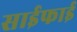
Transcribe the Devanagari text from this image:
साईफाई